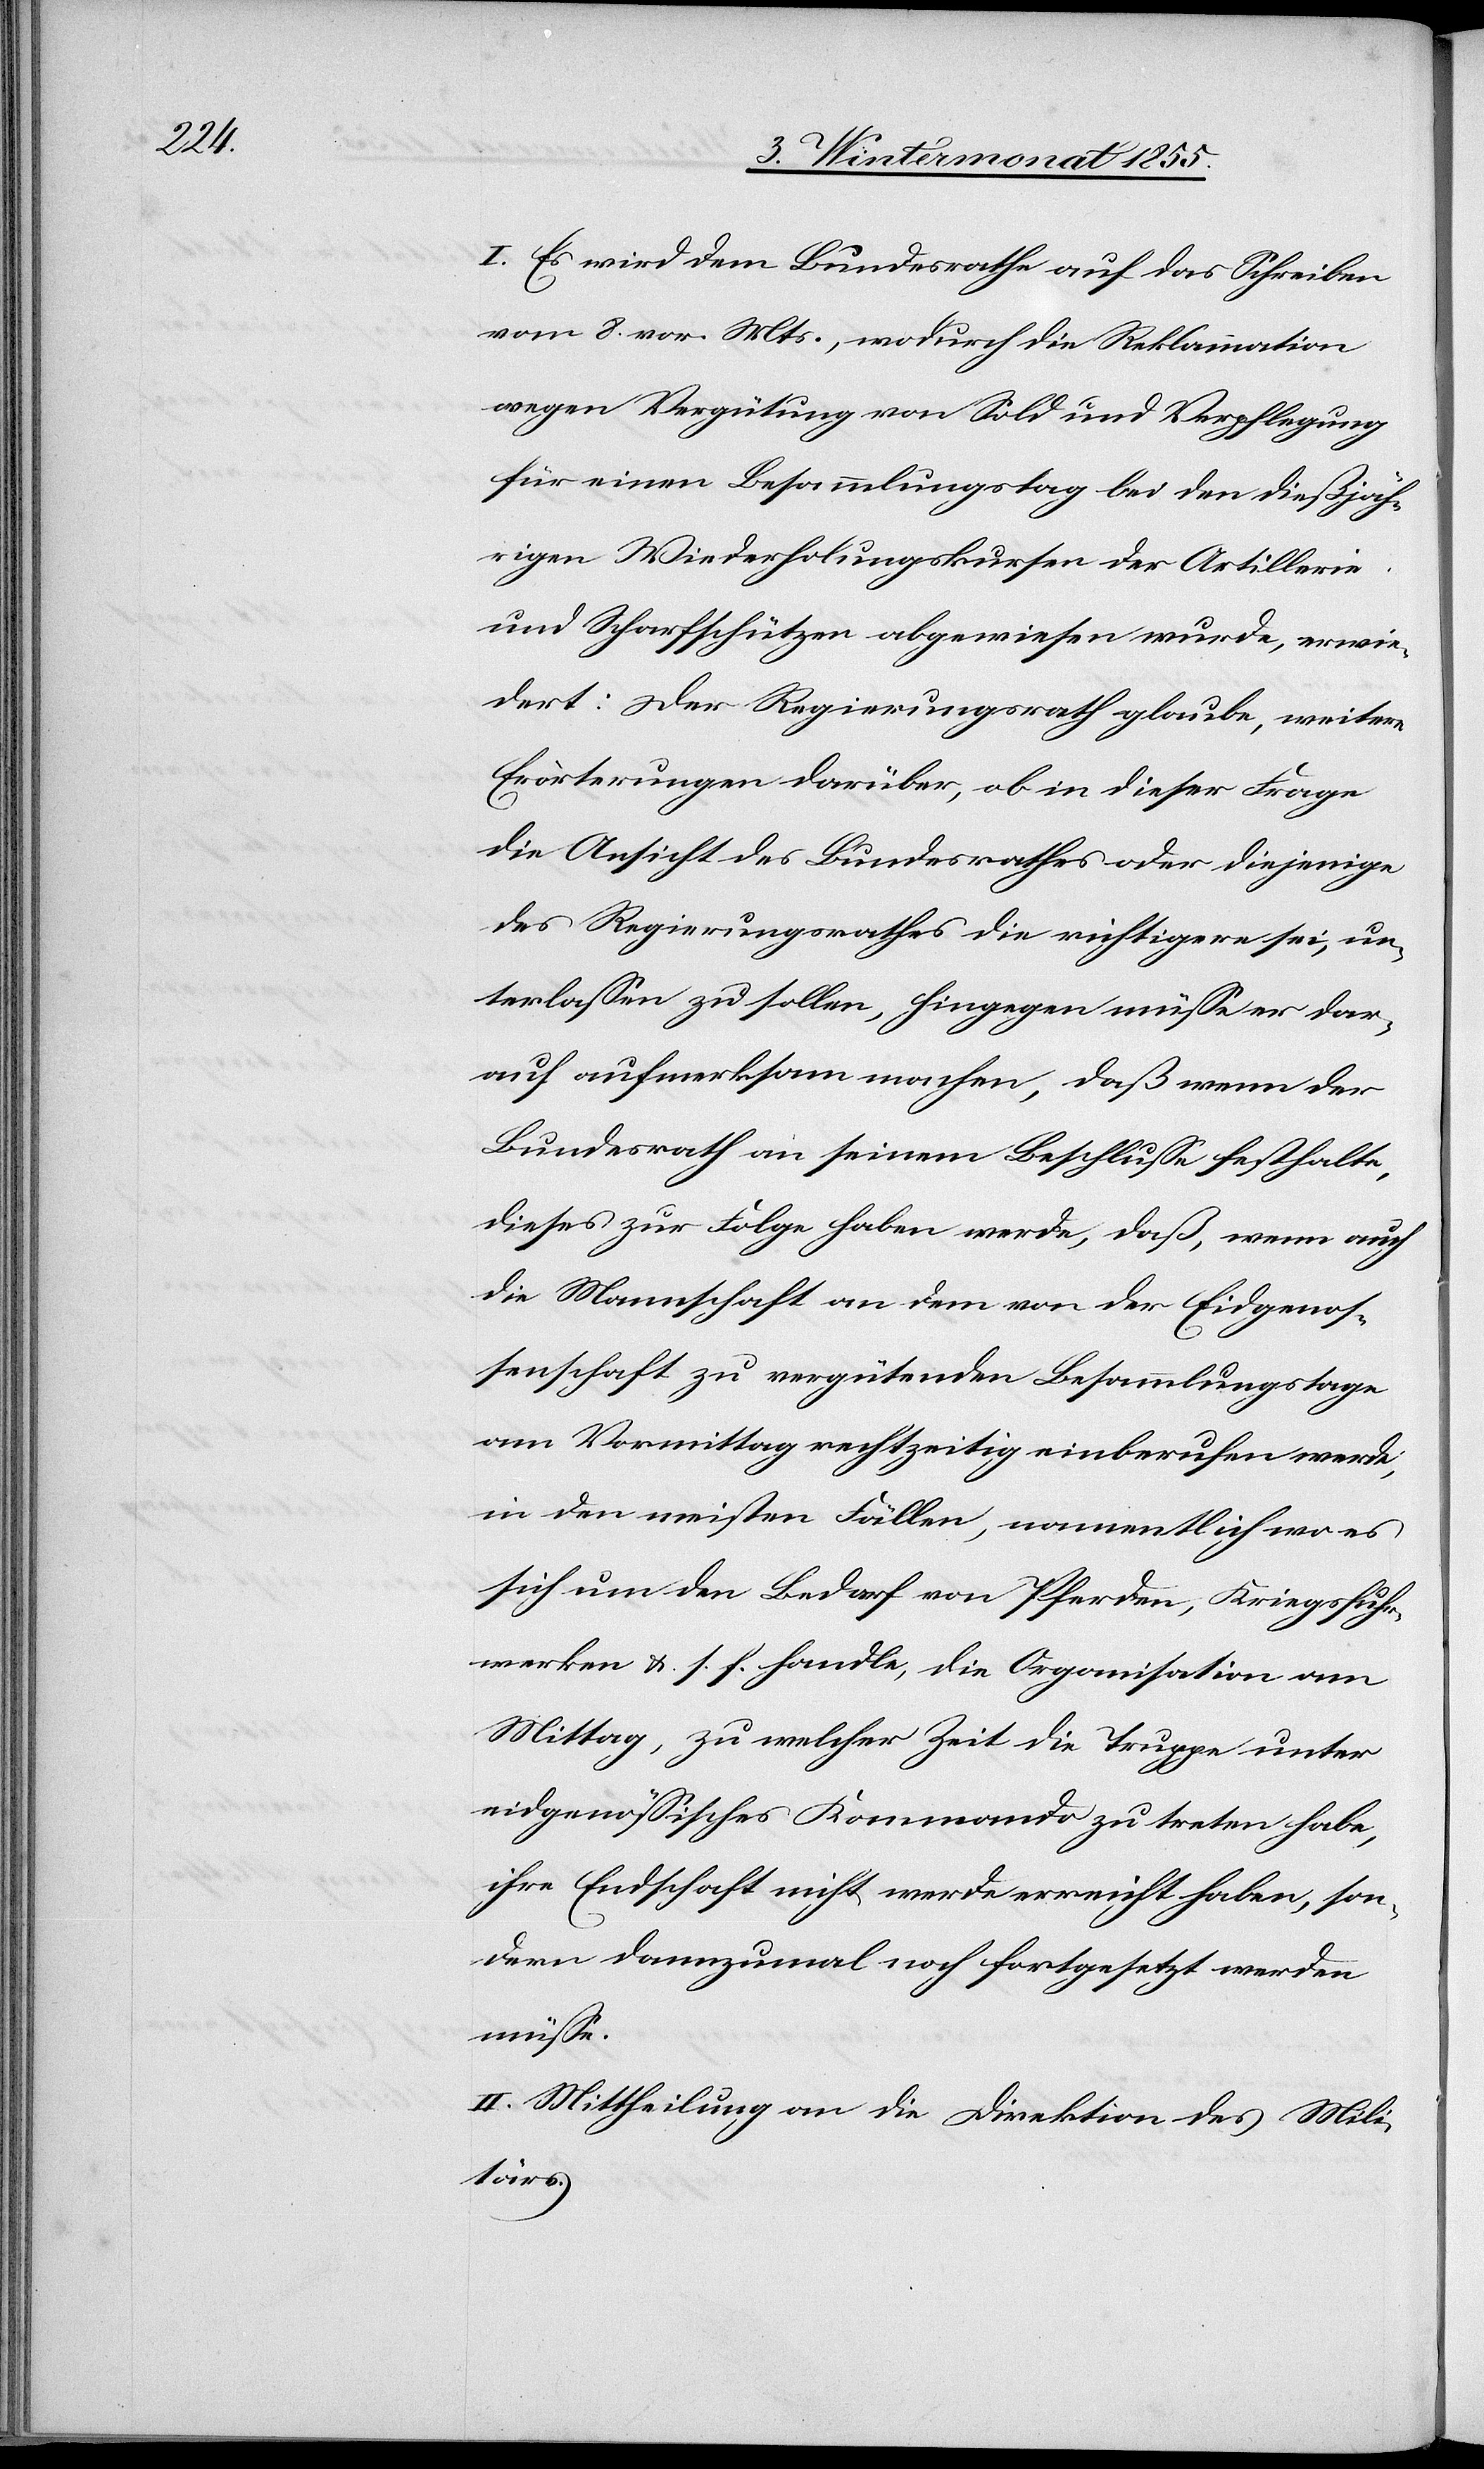
I. Es wird dem Bundesrathe auf das Schreiben
vom 8. vor. Mts., wodurch die Reklamation
wegen Vergütung von Sold und Verpflegung
für einen Besammlungstag bei den dießjäh¬
rigen Wiederholungskursen der Artillerie
und Scharfschützen abgewiesen wurde, erwie¬
dert: Der Regierungsrath glaube, weitere
Erörterungen darüber, ob in dieser Frage
die Ansicht des Bundesrathes oder diejenige
des Regierungsrathes die richtigere sei, un¬
terlassen zu sollen, hingegen müsse er dar¬
auf aufmerksam machen, daß wenn der
Bundesrath an seinem Beschlusse festhalte,
dieses zur Folge haben werde, daß, wenn auch
die Mannschaft an dem von der Eidgenos¬
senschaft zu vergütenden Besammlungstage
am Vormittag rechtzeitig einberufen werde,
in den meisten Fällen, namentlich wo es
sich um den Bedarf von Pferden, Kriegsfuhr¬
werken &. s. f. handle, die Organisation am
Mittag, zu welcher Zeit die Truppe unter
eidgenössisches Kommando zu treten habe,
ihre Endschaft nicht werde erreicht haben, son¬
dern dannzumal noch fortgesetzt werden
müsse.
II. Mittheilung an die Direktion des Mili¬
tärs.